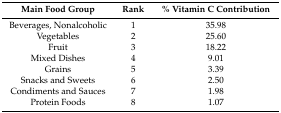
<table><thead><tr><td><b>Main Food Group</b></td><td><b>Rank</b></td><td><b>% Vitamin C Contribution</b></td></tr></thead><tbody><tr><td>Beverages, Nonalcoholic</td><td>1</td><td>35.98</td></tr><tr><td>Vegetables</td><td>2</td><td>25.60</td></tr><tr><td>Fruit</td><td>3</td><td>18.22</td></tr><tr><td>Mixed Dishes</td><td>4</td><td>9.01</td></tr><tr><td>Grains</td><td>5</td><td>3.39</td></tr><tr><td>Snacks and Sweets</td><td>6</td><td>2.50</td></tr><tr><td>Condiments and Sauces</td><td>7</td><td>1.98</td></tr><tr><td>Protein Foods</td><td>8</td><td>1.07</td></tr></tbody></table>